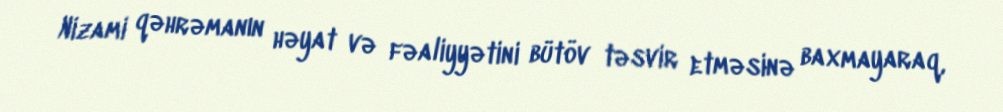
Nizami qəhrəmanın həyat və fəaliyyətini bütöv təsvir etməsinə baxmayaraq,